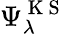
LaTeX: \Psi_{\lambda}^{\mathrm{~K~S~}}